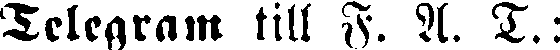
Telegram till F. A. T.: